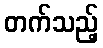
တက်သည့်